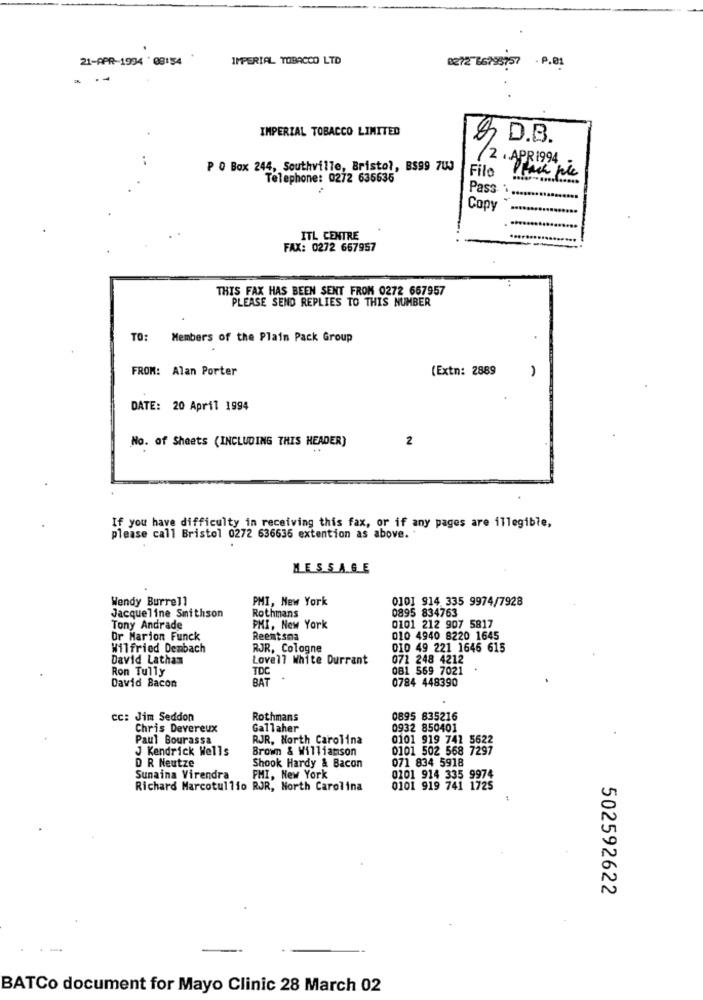
21-APR-1994 ' 08:54
IMPERIAL TOBACCO LTD
8272 66798757 . 9.01
IMPERIAL TOBACCO LIMITED
& D.B.
2 . APR 1994
P O Box 244, Southville, Bristol, BS99 70J
File
Telephone: 0272 635635
Pass
Copy
ITL CENTRE
FAX: 0272 667957
THIS FAX HAS BEEN SENT FROM 0272 667957
PLEASE SEND REPLIES TO THIS NUMBER
TO: Members of the Plain Pack Group
FROM: Alan Porter
(Extn: 2889
DATE: 20 April 1994
No. of Sheets (INCLUDING THIS HEADER)
2
If you have difficulty in receiving this fax, or if any pages are illegible,
please call Bristol 0272 636636 extention as above.
MESSAGE
Wendy Burrell
PMI, New York
0101 914 335 9974/7928
Rothmans
0895 834763
Jacqueline Smithson
Tony Andrade
PMI, New York
0101 212 907 5817
Dr Marion Funck
Reentsna
010 4940 8220 1645
Wilfried Dembach
RJR, Cologne
010 49 221 1646 615
David Latham
Lovell White Durrant
071 248 4212
Ron Tully
TDC
081 569 7021
BAT
0784 448390
David Bacon
Cc: Jim Seddon
Rothmans
0895 835216
Chris Devereux
Gallaher
0932 850401
Paul Bourassa
RJR, North Carolina
0101 919 741 5622
J Kendrick Wells
Brown & Williamson
0101 502 568 7297
D R Neutze
Shook Hardy & Bacon
071 834 5918
Sunaina Virendra
FMI, New York
0201 914 335 9974
Richard Marcotullio RJR, North Carolina
0101 919 741 1725
502592622
BATCo document for Mayo Clinic 28 March 02